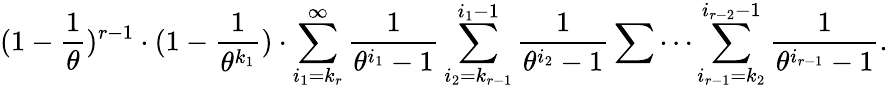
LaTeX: (1-\frac{1}{\theta})^{r-1}\cdot(1-\frac{1}{\theta^{k_{1}}})\cdot\sum_{i_{1}=k_{r}}^{\infty}\frac{1}{\theta^{i_{1}}-1}\sum_{i_{2}=k_{r-1}}^{i_{1}-1}\frac{1}{\theta^{i_{2}}-1}\sum\cdots\sum_{i_{r-1}=k_{2}}^{i_{r-2}-1}\frac{1}{\theta^{i_{r-1}}-1}.